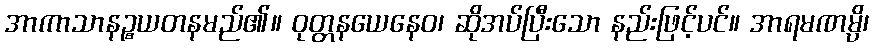
အာကာသာနဉ္စယတနမည်၏။ ဝုတ္တနယေနေဝ၊ ဆိုအပ်ပြီးသော နည်းဖြင့်ပင်။ အာရမဏမ္ပိ၊